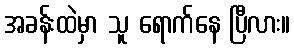
အခန်းထဲမှာ သူ ရောက်နေ ပြီလား။